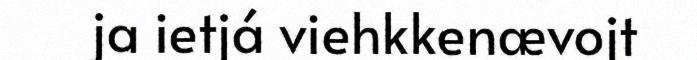
ja ietjá viehkkenævojt